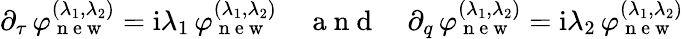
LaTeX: \begin{array}{r}{\partial_{\tau}\, \varphi_{\mathrm{~n~e~w~}}^{(\lambda_{1},\lambda_{2})}=\mathrm{i}\lambda_{1}\, \varphi_{\mathrm{~n~e~w~}}^{(\lambda_{1},\lambda_{2})}\quad\mathrm{~a~n~d~}\quad\partial_{q}\, \varphi_{\mathrm{~n~e~w~}}^{(\lambda_{1},\lambda_{2})}=\mathrm{i}\lambda_{2}\, \varphi_{\mathrm{~n~e~w~}}^{(\lambda_{1},\lambda_{2})}}\end{array}